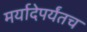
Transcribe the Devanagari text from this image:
मर्यादेपर्यंतच